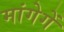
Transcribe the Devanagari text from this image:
मांगेगें